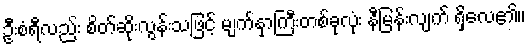
ဦးစံရီလည်း စိတ်ဆိုးလွန်းသဖြင့် မျက်နှာကြီးတစ်ခုလုံး နီမြန်းလျက် ရှိလေ၏။